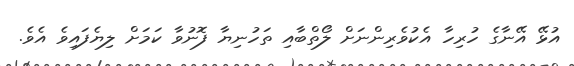
އުޅޭ އޭނާގެ ހުރިހާ އެކުވެރިންނަށް ލޯތްބާއި ތަހުނިޔާ ފޮނުވާ ކަމަށް ލިޔެފައިވެ އެވެ.